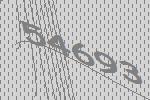
54693